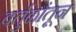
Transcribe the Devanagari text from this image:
वर्तुळांतून